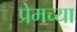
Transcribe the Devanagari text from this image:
प्रेमच्या